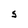
Character: S